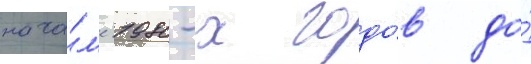
нача́л'е 1980-х годо́в до́